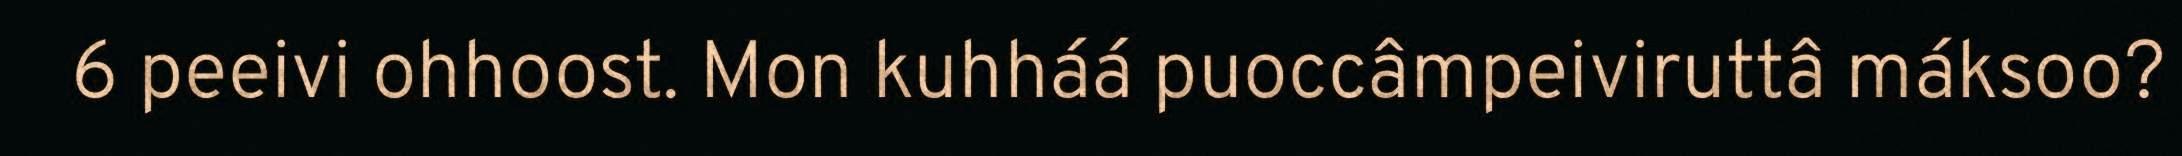
6 peeivi ohhoost. Mon kuhháá puoccâmpeiviruttâ máksoo?